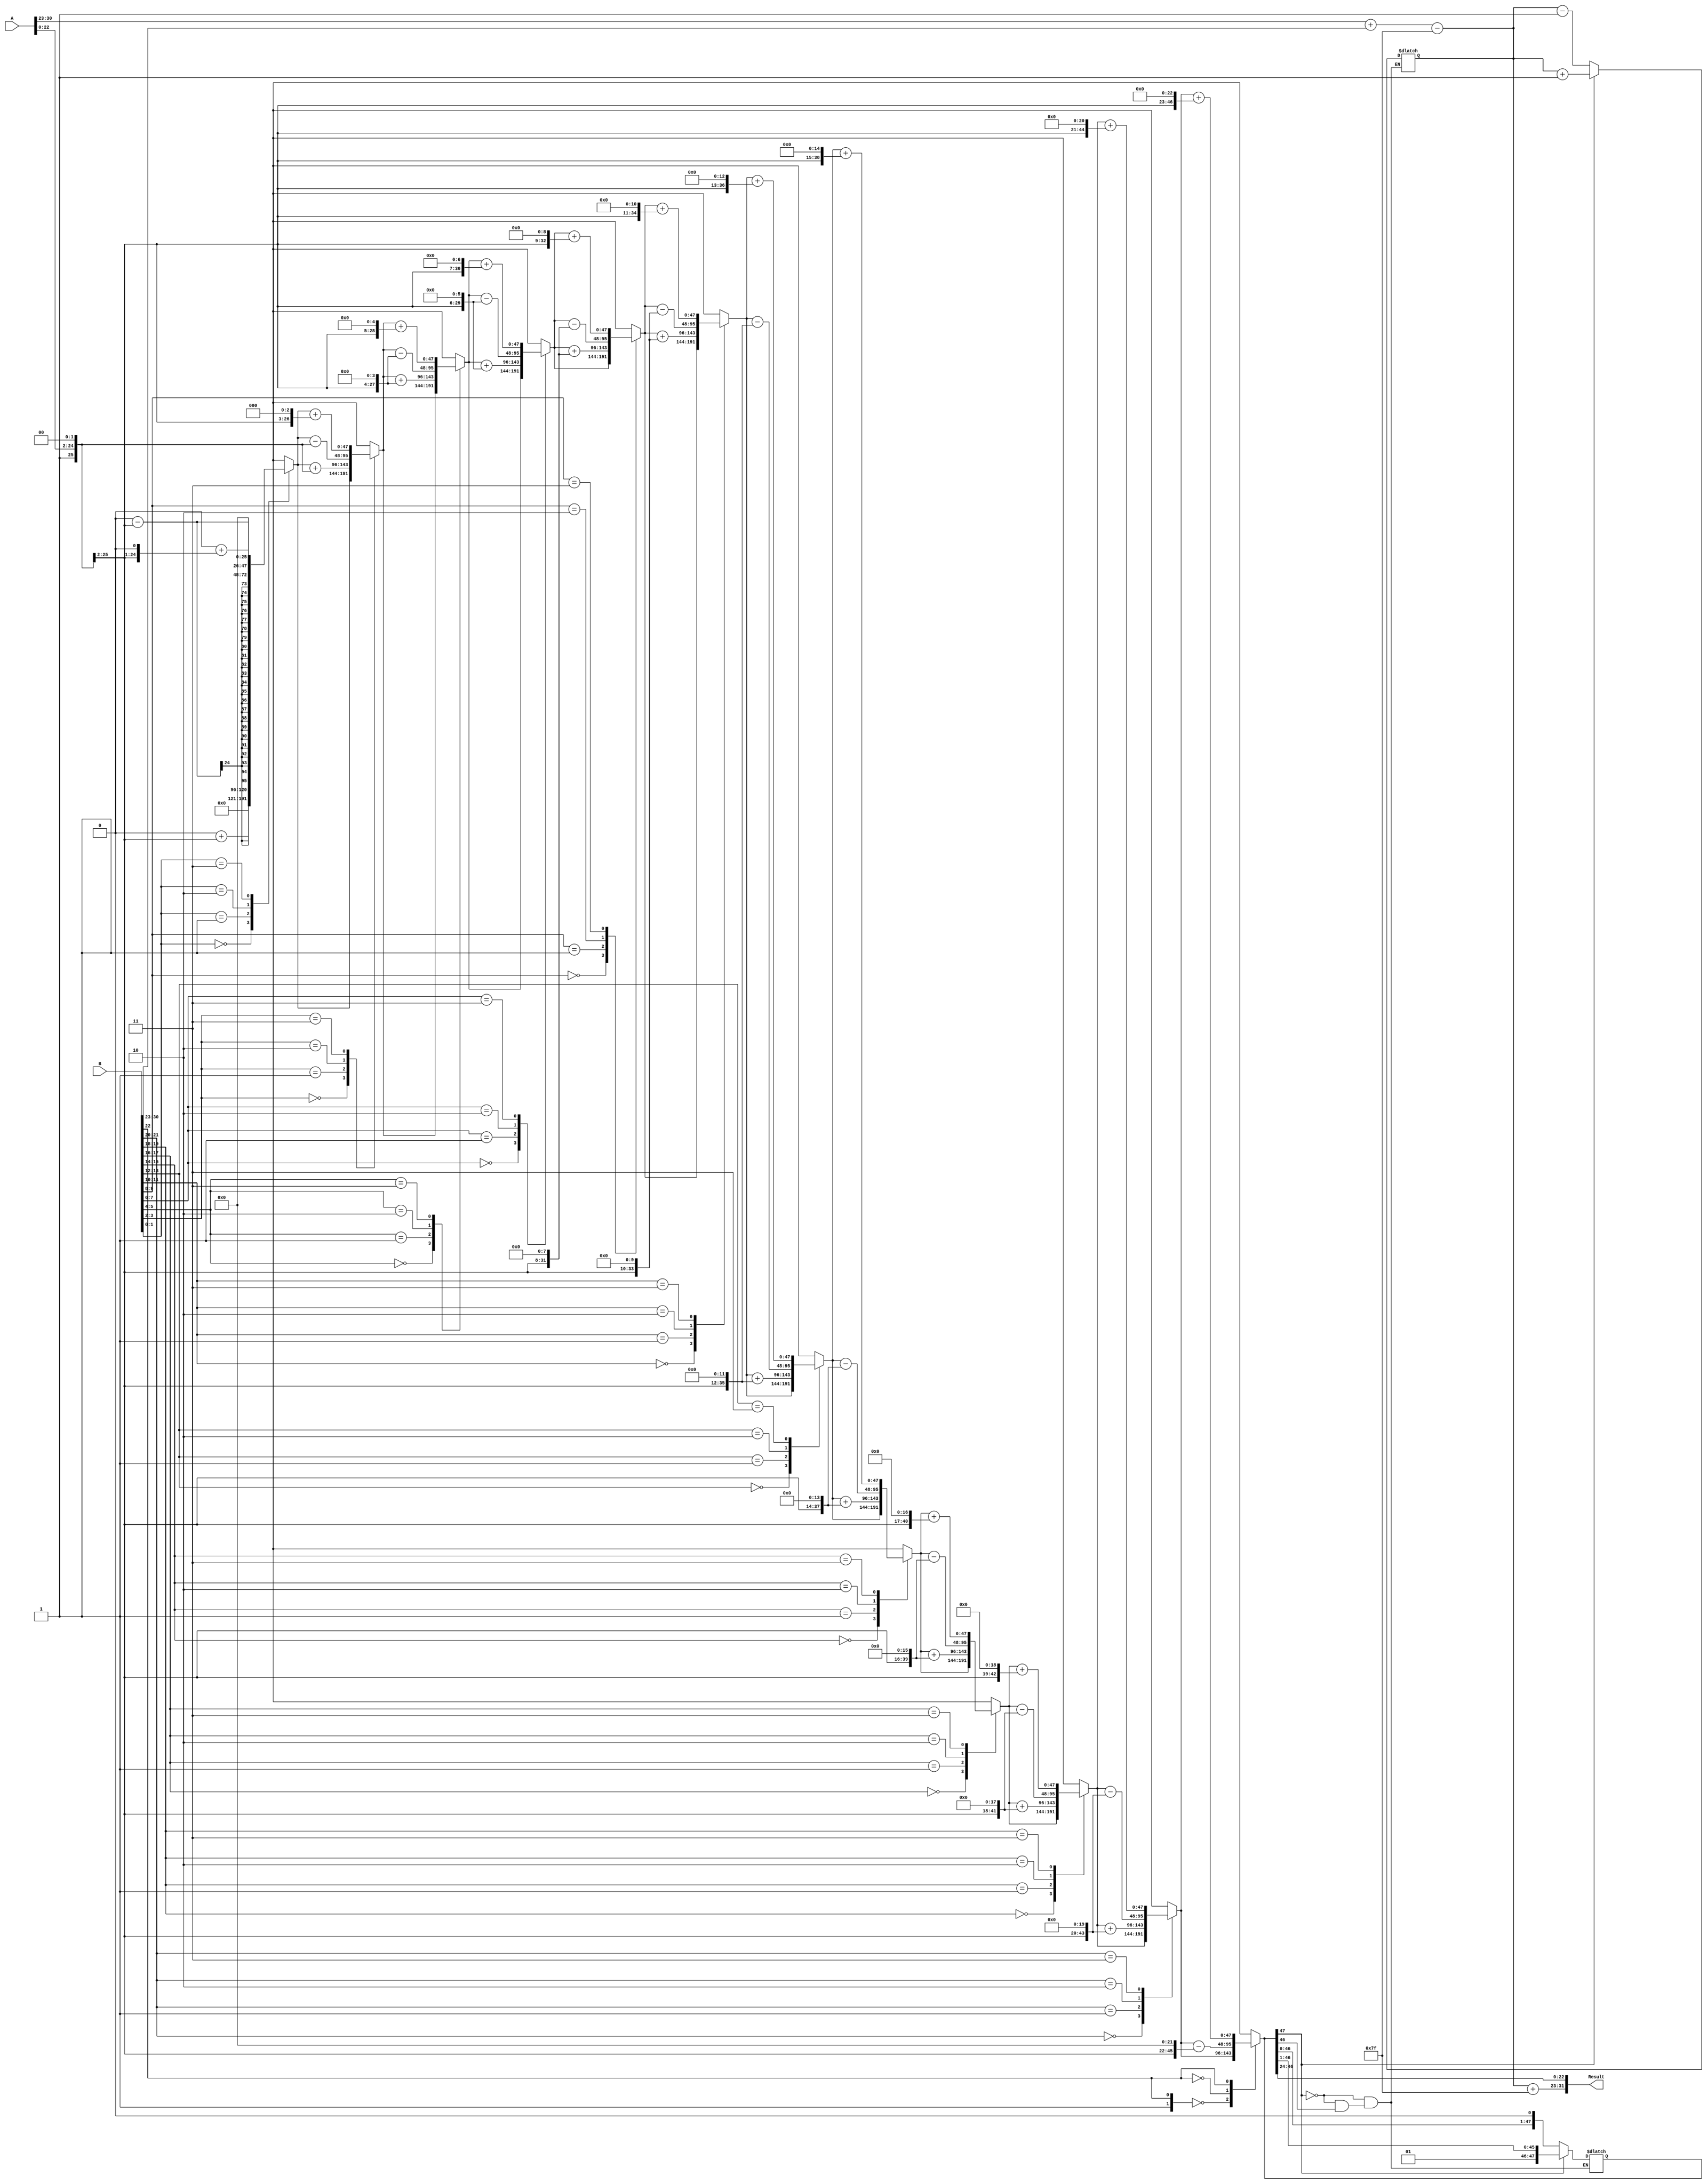
module radix4_fp_multiplier (
    input [31:0] A, // First floating-point number
    input [31:0] B, // Second floating-point number
    output reg [31:0] Result // Resulting floating-point number
);

    // Constants
    localparam BIAS = 127;
    localparam MANTISSA_WIDTH = 23;
    localparam EXPONENT_WIDTH = 8;

    // Intermediate signals
    wire A_sign = A[31];
    wire [EXPONENT_WIDTH-1:0] A_exponent = A[30:23];
    wire [MANTISSA_WIDTH-1:0] A_mantissa = A[22:0];

    wire B_sign = B[31];
    wire [EXPONENT_WIDTH-1:0] B_exponent = B[30:23];
    wire [MANTISSA_WIDTH-1:0] B_mantissa = B[22:0];

    wire Result_sign;
    wire [EXPONENT_WIDTH-1:0] Result_exponent;
    wire [47:0] Result_mantissa; // 24 + 24 bits for multiplication

    // Sign Calculation
    assign Result_sign = A_sign ^ B_sign;

    // Exponent Calculation
    wire [EXPONENT_WIDTH:0] adjusted_exponent;
    assign adjusted_exponent = (A_exponent + B_exponent - BIAS);

    // Mantissa Calculation
    wire [24:0] A_mantissa_ext = {1'b1, A_mantissa}; // Extend A's mantissa
    wire [24:0] B_mantissa_ext = {1'b1, B_mantissa}; // Extend B's mantissa

    // Radix-4 Booth Multiplication
    wire [47:0] partial_product;
    reg [47:0] pp [0:3]; // Partial products for Radix-4
    integer i;

    always @(*) begin
        // Initialize partial products
        pp[0] = 0;
        pp[1] = 0;
        pp[2] = 0;
        pp[3] = 0;

        // Generate partial products based on Radix-4 Booth encoding
        for (i = 0; i < 24; i = i + 2) begin
            case ({B_mantissa_ext[i+1], B_mantissa_ext[i]})
                2'b00: pp[0] = pp[0]; // 0
                2'b01: pp[0] = pp[0] + (A_mantissa_ext << i); // +1
                2'b10: pp[0] = pp[0] - (A_mantissa_ext << i); // -1
                2'b11: pp[0] = pp[0] + (A_mantissa_ext << (i + 1)); // +2
                default: pp[0] = pp[0]; // Should not happen
            endcase
        end
    end

    // Summing the partial products (simple addition for demonstration)
    assign partial_product = pp[0]; // In a real design, you'd sum all partial products

    // Result Mantissa and Exponent Calculation
    assign Result_mantissa = partial_product[47:0]; // Use the full product for mantissa
    assign Result_exponent = adjusted_exponent;

    // Normalization Logic
    always @(*) begin
        if (Result_mantissa[47]) begin
            // Overflow case
            Result_mantissa = Result_mantissa >> 1;
            Result_exponent = Result_exponent + 1;
        end else if (!Result_mantissa[46]) begin
            // Underflow case
            Result_mantissa = Result_mantissa << 1;
            Result_exponent = Result_exponent - 1;
        end
    end

    // Final Result Assignment
    always @(*) begin
        Result = {Result_sign, Result_exponent + BIAS, Result_mantissa[46:24]}; // Truncate to 23 bits
    end

endmodule